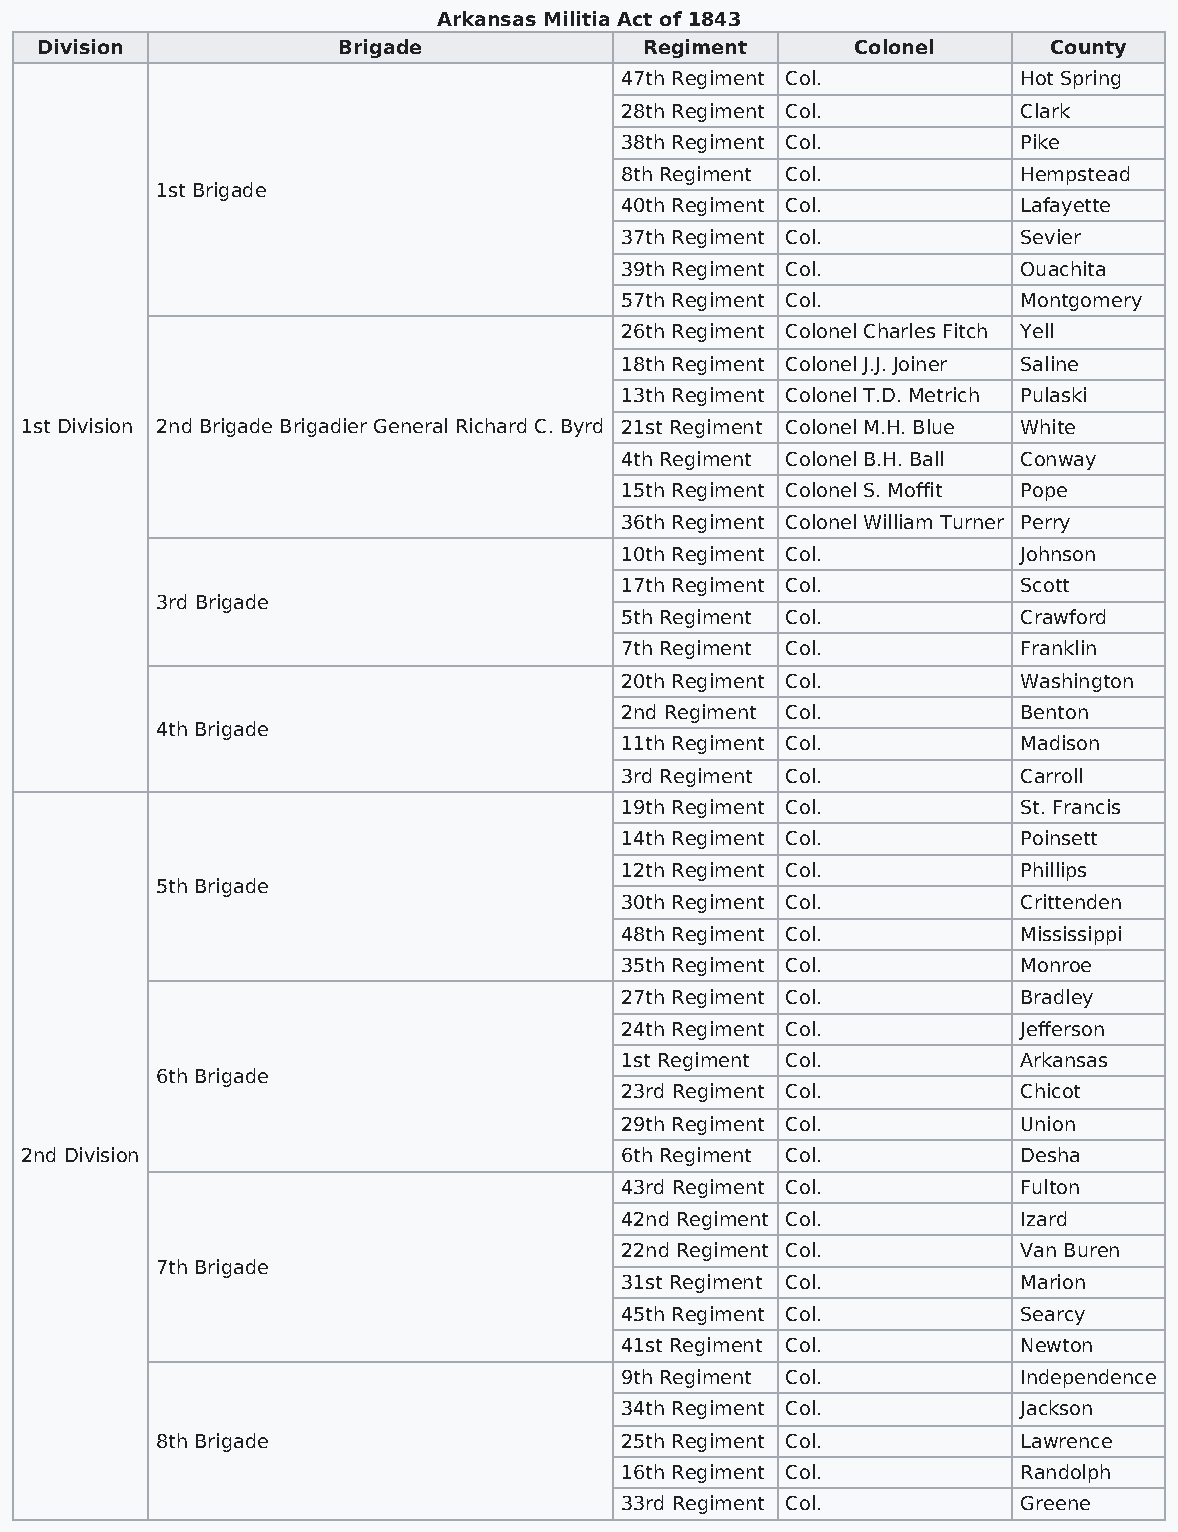
Arkansas Militia Act of 1843
 Division            Brigade              Regiment      Colonel     County
 47th Regiment Col.        Hot Spring
 28th Regiment Col.        Clark
 38th Regiment Col.        Pike
 8th Regiment Col.         Hempstead
 1st Brigade
 40th Regiment Col.        Lafayette
 37th Regiment Col.        Sevier
 39th Regiment Col.        Ouachita
 57th Regiment Col.        Montgomery
 26th Regiment Colonel Charles Fitch Yell
 18th Regiment Colonel J.J. Joiner Saline
 13th Regiment Colonel T.D. Metrich Pulaski
 1st Division 2nd Brigade Brigadier General Richard C. Byrd 21st Regiment Colonel M.H. Blue White
 4th Regiment Colonel B.H. Ball Conway
 15th Regiment Colonel S. Moffit Pope
 36th Regiment Colonel William Turner Perry
 10th Regiment Col.        Johnson
 17th Regiment Col.        Scott
 3rd Brigade
 5th Regiment Col.         Crawford
 7th Regiment Col.         Franklin
 20th Regiment Col.        Washington
 2nd Regiment Col.         Benton
 4th Brigade
 11th Regiment Col.        Madison
 3rd Regiment Col.         Carroll
 19th Regiment Col.        St. Francis
 14th Regiment Col.        Poinsett
 12th Regiment Col.        Phillips
 5th Brigade
 30th Regiment Col.        Crittenden
 48th Regiment Col.        Mississippi
 35th Regiment Col.        Monroe
 27th Regiment Col.        Bradley
 24th Regiment Col.        Jefferson
 1st Regiment Col.         Arkansas
 6th Brigade
 23rd Regiment Col.        Chicot
 29th Regiment Col.        Union
 2nd Division                            6th Regiment Col.         Desha
 43rd Regiment Col.        Fulton
 42nd Regiment Col.        Izard
 22nd Regiment Col.        Van Buren
 7th Brigade
 31st Regiment Col.        Marion
 45th Regiment Col.        Searcy
 41st Regiment Col.        Newton
 9th Regiment Col.         Independence
 34th Regiment Col.        Jackson
 8th Brigade                    25th Regiment Col.        Lawrence
 16th Regiment Col.        Randolph
 33rd Regiment Col.        Greene